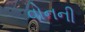
વોનની